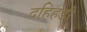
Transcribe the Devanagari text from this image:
दहिहंडी